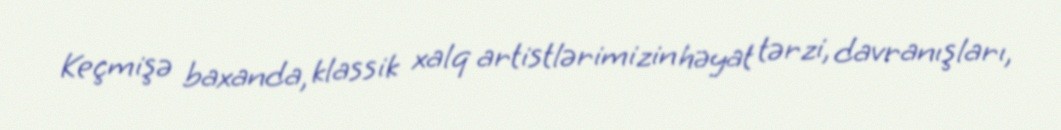
Keçmişə baxanda, klassik xalq artistlərimizin həyat tərzi, davranışları,